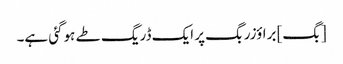
[بگ] براؤزر بگ پر ایک ڈریگ طے ہوگئی ہے۔